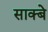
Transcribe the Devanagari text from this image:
साक्बे